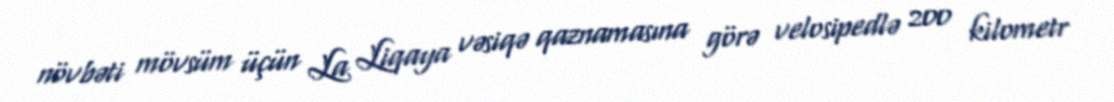
növbəti mövsüm üçün La Liqaya vəsiqə qaznamasına görə velosipedlə 200 kilometr